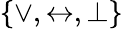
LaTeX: \{ \lor,\leftrightarrow,\bot\}